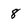
Character: 8